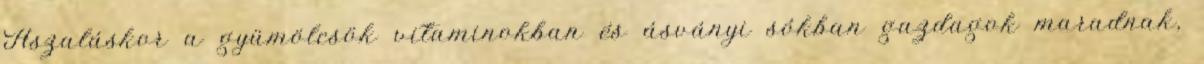
Aszaláskor a gyümölcsök vitaminokban és ásványi sókban gazdagok maradnak,